Report of an investigation into the causes of the diseases known in Assam as Kála-Azár and Beri-Beri
Disease focus: Beri-Beri
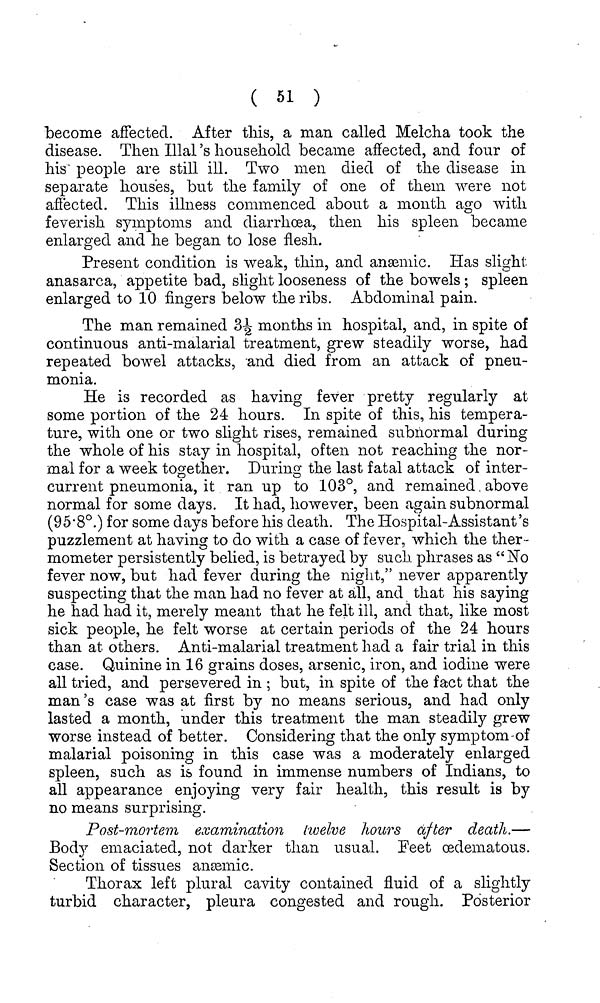
( 61 )
become affected. After this, a man called Melcha took the
disease. Then Illal's household became affected, and four of
his people are still ill. Two men died of the disease in
separate houses, but the family of one of them were not
affected. This illness commenced about a month ago with
feverish symptoms and diarrhoea, then his spleen became
enlarged and he began to lose flesh.
Present condition is weak, thin, and anæmic. Has slight
anasarca, appetite bad, slight looseness of the bowels; spleen
enlarged to 10 fingers below the ribs. Abdominal pain.
The man remained 3½ months in hospital, and, in spite of
continuous anti-malarial treatment, grew steadily worse, had
repeated bowel attacks, and died from an attack of pneu-
monia.
He is recorded as having fever pretty regularly at
some portion of the 24 hours. In spite of this, his tempera-
ture, with one or two slight rises, remained subnormal during
the whole of his stay in hospital, often not reaching the nor-
mal for a week together. During the last fatal attack of inter-
current pneumonia, it ran up to 103°, and remained, above
normal for some days. It had, however, been again subnormal
(95.8°.) for some days before his death. The Hospital-Assistant's
puzzlement at having to do with a case of fever, which the ther-
mometer persistently belied, is betrayed by such phrases as "No
fever now, but had fever during the night," never apparently
suspecting that the man had no fever at all, and that his saying
he had had it, merely meant that he felt ill, and that, like most
sick people, he felt worse at certain periods of the 24 hours
than at others. Anti-malarial treatment had a fair trial in this
case. Quinine in 16 grains doses, arsenic, iron, and iodine were
all tried, and persevered in ; but, in spite of the fact that the
man 's case was at first by no means serious, and had only
lasted a month, under this treatment the man steadily grew
worse instead of better. Considering that the only symptom-of
malarial poisoning in this case was a moderately enlarged
spleen, such as is found in immense numbers of Indians, to
all appearance enjoying very fair health, this result is by
no means surprising.
Post-mortem examination twelve hours after death.—
Body emaciated, not darker than usual. Feet œdematous.
Section of tissues anæmic.
Thorax left plural cavity contained fluid of a slightly
turbid character, pleura congested and rough. Posterior